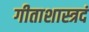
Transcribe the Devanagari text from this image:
गीताशास्त्रदं